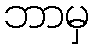
ဘာမှ